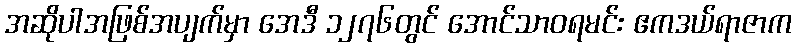
အဆိုပါအဖြစ်အပျက်မှာ အေဒီ ၁၂၇၆တွင် အောင်သာဝရမင်း ဧကဒယ်ရာဇာက